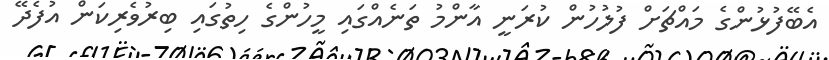
އެބޭފުޅުންގެ މައްޗަށް ފުލުހުން ކުރަނީ އާންމު ތަނެއްގައި މީހުންގެ ހިތުގައި ބިރުވެރިކަން އުފެދޭ